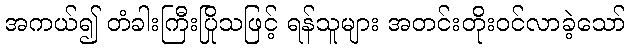
အကယ်၍ တံခါးကြီးပြိုသဖြင့် ရန်သူများ အတင်းတိုးဝင်လာခဲ့သော်